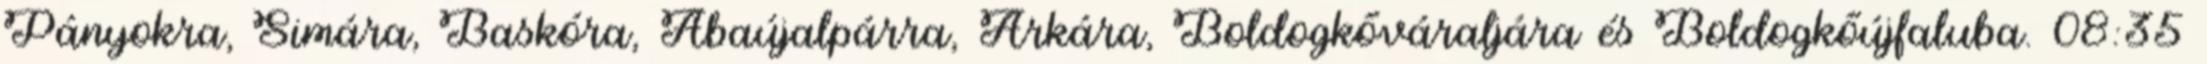
Pányokra, Simára, Baskóra, Abaújalpárra, Arkára, Boldogkőváraljára és Boldogkőújfaluba. 08:35